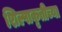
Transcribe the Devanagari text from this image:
शिल्पाकृतीच्या